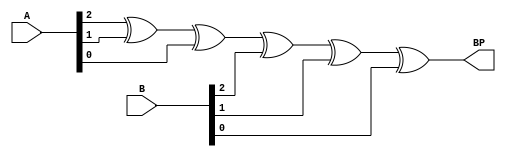
module Bitparidad(
		input [2:0] A,
		input [2:0] B,
		output  BP
    );
	 
		wire  BG;


		assign BG = A[2]^A[1]^A[0]^B[2]^B[1]^B[0];


		assign BP = BG;


endmodule